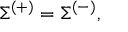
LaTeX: \Sigma ^ { \left( + \right) } = \Sigma ^ { \left( - \right) } ,